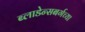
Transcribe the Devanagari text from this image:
ब्लाडेन्सबर्गच्या